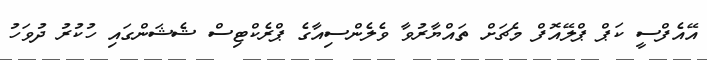
އޭއެފްސީ ކަޕް ޕްލޭއޮފް މެޗަށް ތައްޔާރުވާ ވެލެންސިއާގެ ޕްރެކްޓިސް ޝެޝަންގައި ހުކުރު ދުވަހު